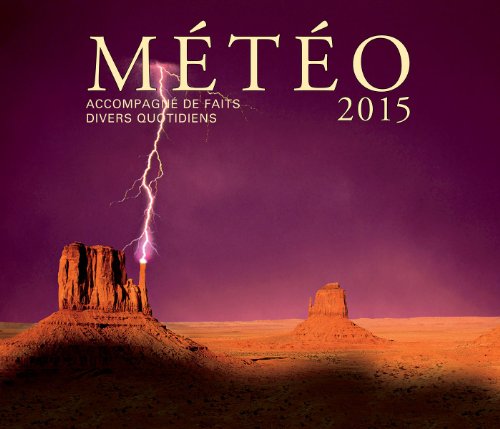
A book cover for Meteo 2015: Avec retrospective quotidienne (French Edition); Firefly Books; Calendars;